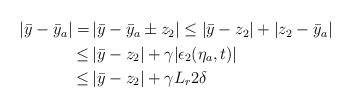
LaTeX: \begin{align*}\begin{aligned}|\bar{y}-\bar{y}_a| =& \,|\bar{y}-\bar{y}_a\pm z_2| \le |\bar{y}-z_2|+|z_2-\bar{y}_a|\\\le &\, |\bar{y}-z_2|+\gamma|\epsilon_2(\eta_a,t)| \\\le &\, |\bar{y}-z_2|+\gamma L_r 2\delta \end{aligned}\end{align*}